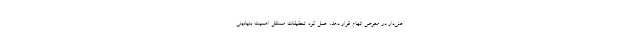
عنی‌دار در معرض اتهام قرار دهد، عمل کرد. تحقیقات مستقل اهمیت بنیادینی